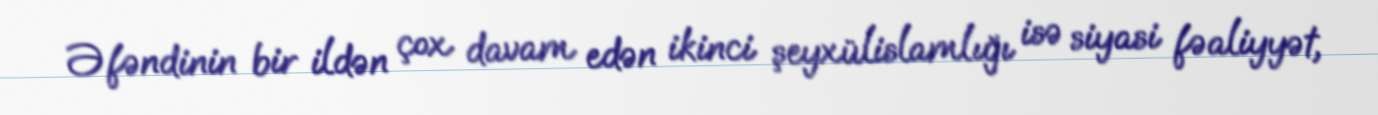
Əfəndinin bir ildən çox davam edən ikinci şeyxülislamlığı isə siyasi fəaliyyət,